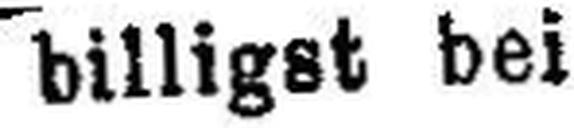
billigst bei